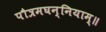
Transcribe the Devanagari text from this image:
पौत्रमघन्नियाम्॥